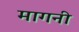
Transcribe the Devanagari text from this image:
मागनी